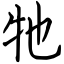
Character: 牠